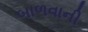
બાળવાની